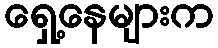
ရှေ့နေများက